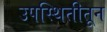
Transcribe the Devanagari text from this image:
उपस्थितीतून